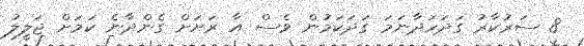
8 ސަރުކާރު ގަދަހަދާނަމަ ގަދަކަމުން ވެސް އާ ރަށަށް ގެންދާނެ ކަމަށް ޖަލީލު